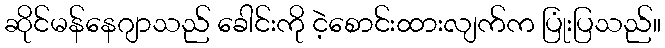
ဆိုင်မန်နေဂျာသည် ခေါင်းကို ငဲ့စောင်းထားလျက်က ပြုံးပြသည်။